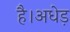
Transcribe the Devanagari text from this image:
है।अधेड़